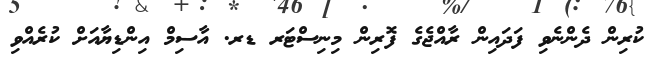
ކުރިން ދެންނެވި ފަދައިން ރާއްޖެގެ ފޮރިން މިނިސްޓަރ ޑރ. އާސިމް އިންޑިޔާއަށް ކުރެއްވި